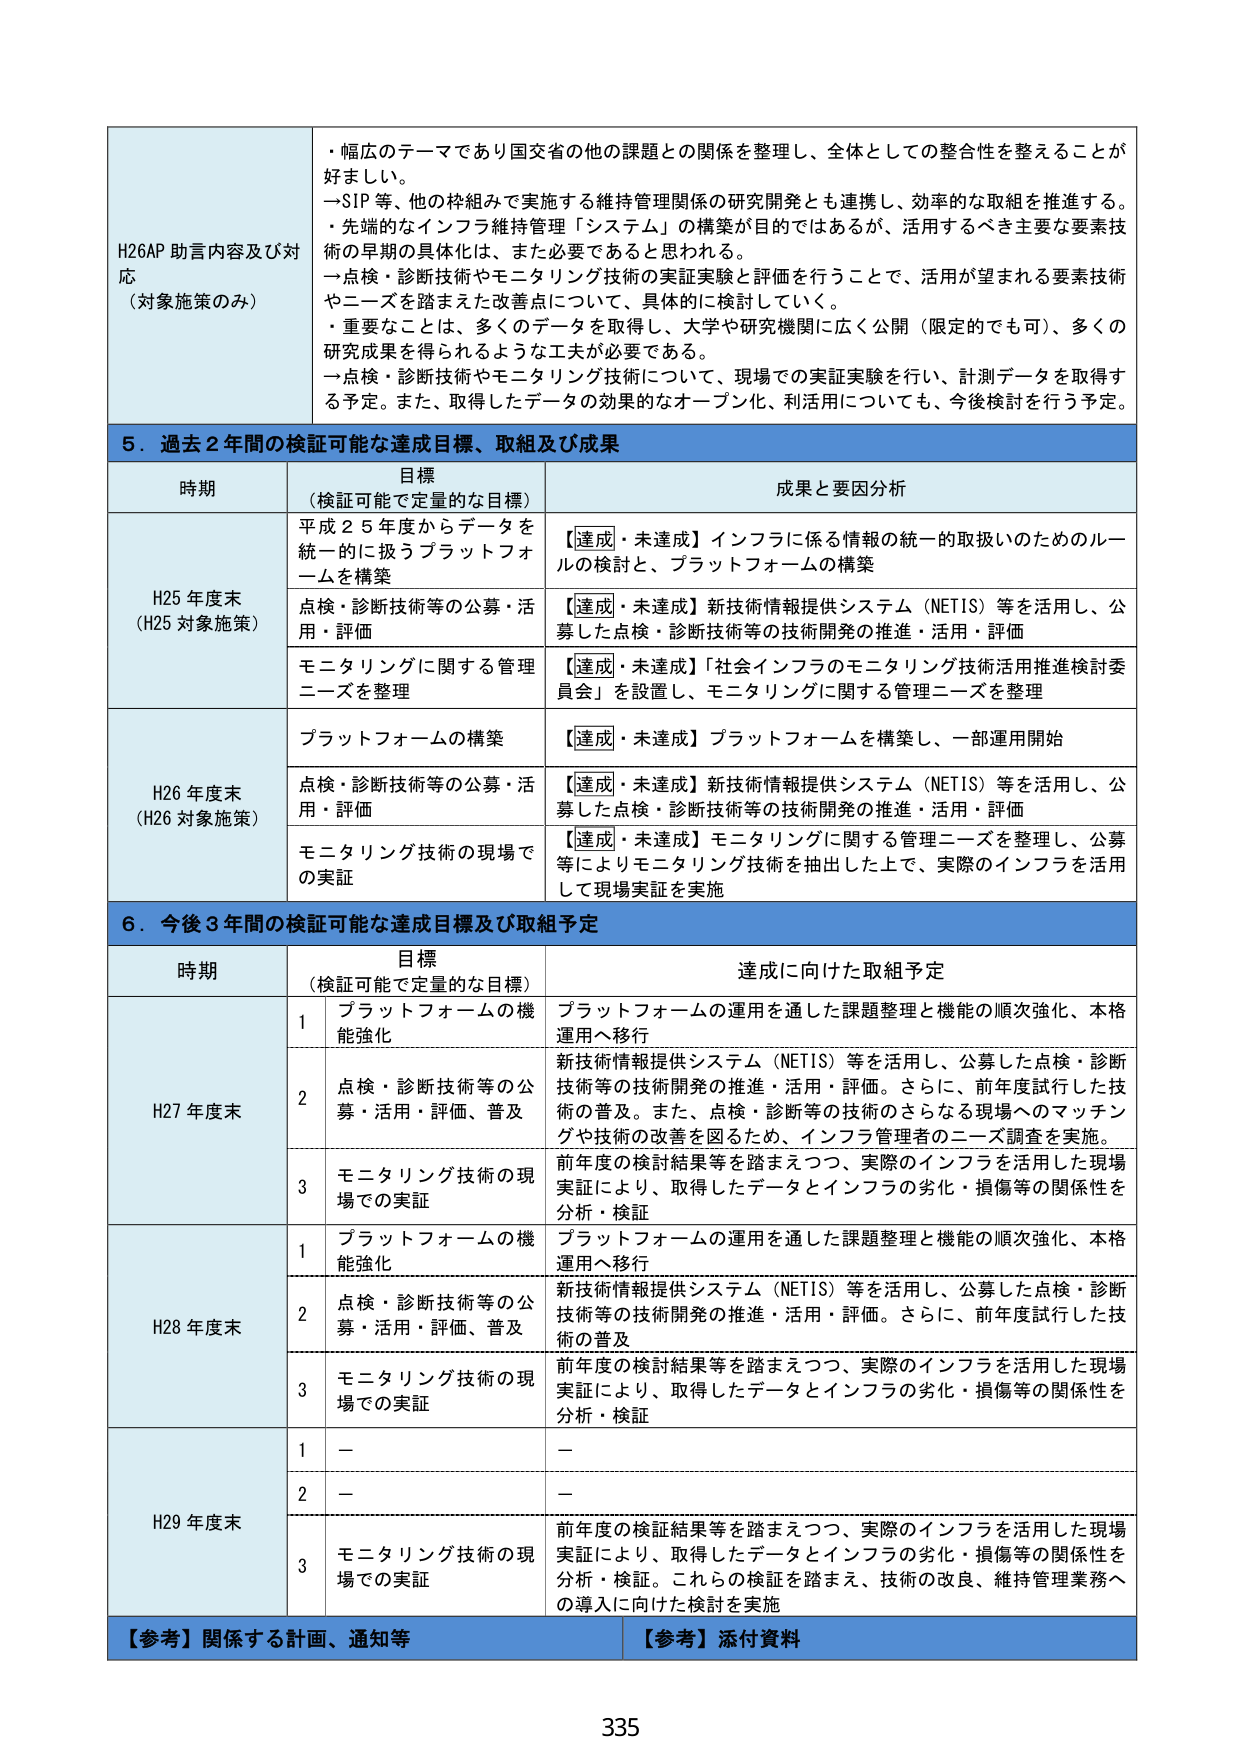
H26AP 助言内容及び対応（対象施策のみ）
・幅広のテーマであり国交省の他の課題との関係を整理し、全体としての整合性を整えることが好ましい。
→SIP 等、他の枠組みで実施する維持管理関係の研究開発とも連携し、効率的な取組を推進する。
・先端的なインフラ維持管理「システム」の構築が目的ではあるが、活用するべき主要な要素技術の早期の具体化は、また必要であると思われる。
→点検・診断技術やモニタリング技術の実証実験と評価を行うことで、活用が望まれる要素技術やニーズを踏まえた改善点について、具体的に検討していく。
・重要なことは、多くのデータを取得し、大学や研究機関に広く公開（限定的でも可）、多くの研究成果を得られるような工夫が必要である。
→点検・診断技術やモニタリング技術について、現場での実証実験を行い、計測データを取得する予定。また、取得したデータの効果的なオープン化、利活用についても、今後検討を行う予定。

5．過去2年間の検証可能な達成目標、取組及び成果
時期 目標（検証可能で定量的な目標） 成果と要因分析
H25年度末（H25対象施策）
平成25年度からデータを統一的に扱うプラットフォームを構築 【達成・未達成】インフラに係る情報の統一的取扱いのためのルールの検討と、プラットフォームの構築
点検・診断技術等の公募・活用・評価 【達成・未達成】新技術情報提供システム（NETIS）等を活用し、公募した点検・診断技術等の技術開発の推進・活用・評価
モニタリングに関する管理ニーズを整理 【達成・未達成】「社会インフラのモニタリング技術活用推進検討委員会」を設置し、モニタリングに関する管理ニーズを整理
H26年度末（H26対象施策）
プラットフォームの構築 【達成・未達成】プラットフォームを構築し、一部運用開始
点検・診断技術等の公募・活用・評価 【達成・未達成】新技術情報提供システム（NETIS）等を活用し、公募した点検・診断技術等の技術開発の推進・活用・評価
モニタリング技術の現場での実証 【達成・未達成】モニタリングに関する管理ニーズを整理し、公募等によりモニタリング技術を抽出した上で、実際のインフラを活用して現場実証を実施

6．今後3年間の検証可能な達成目標及び取組予定
時期 目標（検証可能で定量的な目標） 達成に向けた取組予定
H27年度末
1 プラットフォームの機能強化 プラットフォームの運用を通した課題整理と機能の順次強化、本格運用へ移行
2 点検・診断技術等の公募・活用・評価、普及 新技術情報提供システム（NETIS）等を活用し、公募した点検・診断技術等の技術開発の推進・活用・評価。さらに、前年度試行した技術の普及。また、点検・診断等の技術のさらなる現場へのマッチングや技術の改善を図るため、インフラ管理者のニーズ調査を実施。
3 モニタリング技術の現場での実証 前年度の検討結果等を踏まえつつ、実際のインフラを活用した現場実証により、取得したデータとインフラの劣化・損傷等の関係性を分析・検証
H28年度末
1 プラットフォームの機能強化 プラットフォームの運用を通した課題整理と機能の順次強化、本格運用へ移行
2 点検・診断技術等の公募・活用・評価、普及 新技術情報提供システム（NETIS）等を活用し、公募した点検・診断技術等の技術開発の推進・活用・評価。さらに、前年度試行した技術の普及
3 モニタリング技術の現場での実証 前年度の検討結果等を踏まえつつ、実際のインフラを活用した現場実証により、取得したデータとインフラの劣化・損傷等の関係性を分析・検証
H29年度末
1 － －
2 － －
3 モニタリング技術の現場での実証 前年度の検討結果等を踏まえつつ、実際のインフラを活用した現場実証により、取得したデータとインフラの劣化・損傷等の関係性を分析・検証。これらの検証を踏まえ、技術の改良、維持管理業務への導入に向けた検討を実施

【参考】関係する計画、通知等 【参考】添付資料
335